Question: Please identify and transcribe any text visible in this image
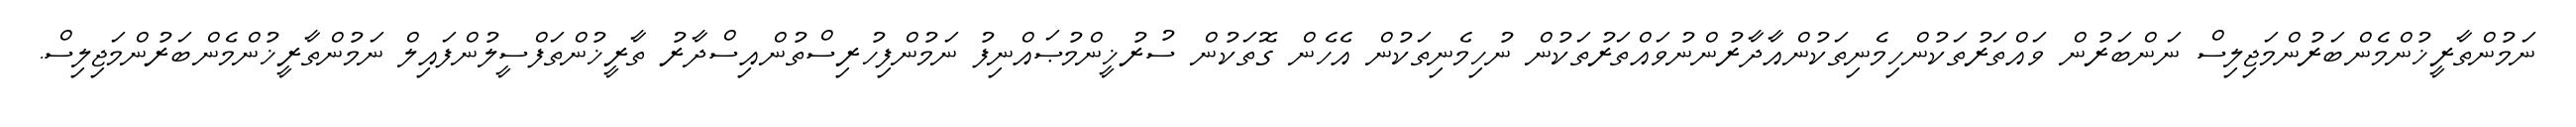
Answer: ނަމުންތާރީޚުންމެންބަރުންމަޖިލިސް ނަންބަރުން ވައްތަރުތަކުންހިމެނިތަކުންއާދާރުންނުވައްތަރުތަކުން ނުހިމެނިތަކުން އެހެން ގޮތަކުން ސުރުޚީންމުޞައްނިފު ނަމުންފިހުރިސްތުންއިސްދާރު ތާރީޚުންތަފްސީލުންފައިލް ނަމުންތާރީޚުންމެންބަރުންމަޖިލިސް.